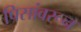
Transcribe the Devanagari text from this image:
पिसांवरून